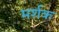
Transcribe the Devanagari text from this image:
मर्शक